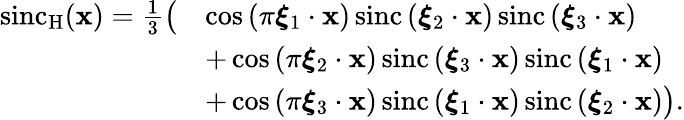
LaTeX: {\begin{array}{rl}{\operatorname{sinc}_{\mathrm{H}}(\mathbf{x})={\frac{1}{3}}{\big(}}&{\cos\left(\pi{\boldsymbol{\xi}}_{1}\cdot\mathbf{x}\right)\operatorname{sinc}\left({\boldsymbol{\xi}}_{2}\cdot\mathbf{x}\right)\operatorname{sinc}\left({\boldsymbol{\xi}}_{3}\cdot\mathbf{x}\right)}\\ &{+\cos\left(\pi{\boldsymbol{\xi}}_{2}\cdot\mathbf{x}\right)\operatorname{sinc}\left({\boldsymbol{\xi}}_{3}\cdot\mathbf{x}\right)\operatorname{sinc}\left({\boldsymbol{\xi}}_{1}\cdot\mathbf{x}\right)}\\ &{+\cos\left(\pi{\boldsymbol{\xi}}_{3}\cdot\mathbf{x}\right)\operatorname{sinc}\left({\boldsymbol{\xi}}_{1}\cdot\mathbf{x}\right)\operatorname{sinc}\left({\boldsymbol{\xi}}_{2}\cdot\mathbf{x}\right){\big)}.}\end{array}}